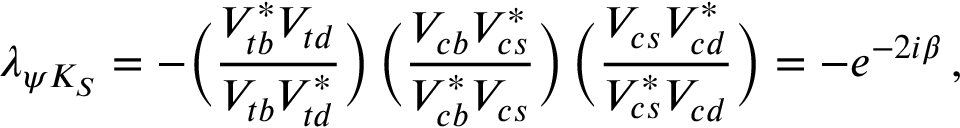
\lambda _ { \psi K _ { S } } = - \bigg ( { \frac { V _ { t b } ^ { * } V _ { t d } } { V _ { t b } V _ { t d } ^ { * } } } \bigg ) \, \bigg ( { \frac { V _ { c b } V _ { c s } ^ { * } } { V _ { c b } ^ { * } V _ { c s } } } \bigg ) \, \bigg ( { \frac { V _ { c s } V _ { c d } ^ { * } } { V _ { c s } ^ { * } V _ { c d } } } \bigg ) = - e ^ { - 2 i \beta } \, ,